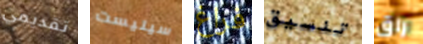
تقديمي سيليست فراغ تنسيق راق